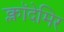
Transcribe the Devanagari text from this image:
क्लॉदेमिर